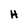
Character: H